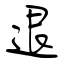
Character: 退